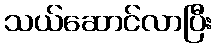
သယ်ဆောင်လာပြီး